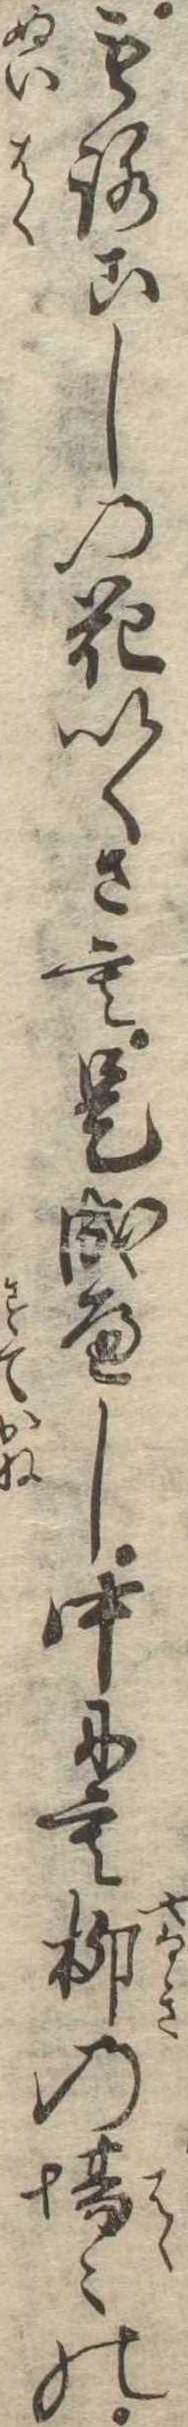
もろこしの花いくさも是成へし中にも柳の場〻の